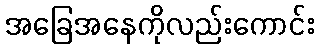
အခြေအနေကိုလည်းကောင်း